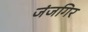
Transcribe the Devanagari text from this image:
जंजगिर